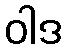
ဝါဒ